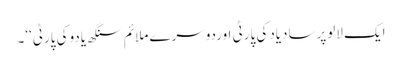
ایک لالوپرسادیادکی پارٹی اوردوسرے ملائم سنگھ یادوکی پارٹی‘‘۔